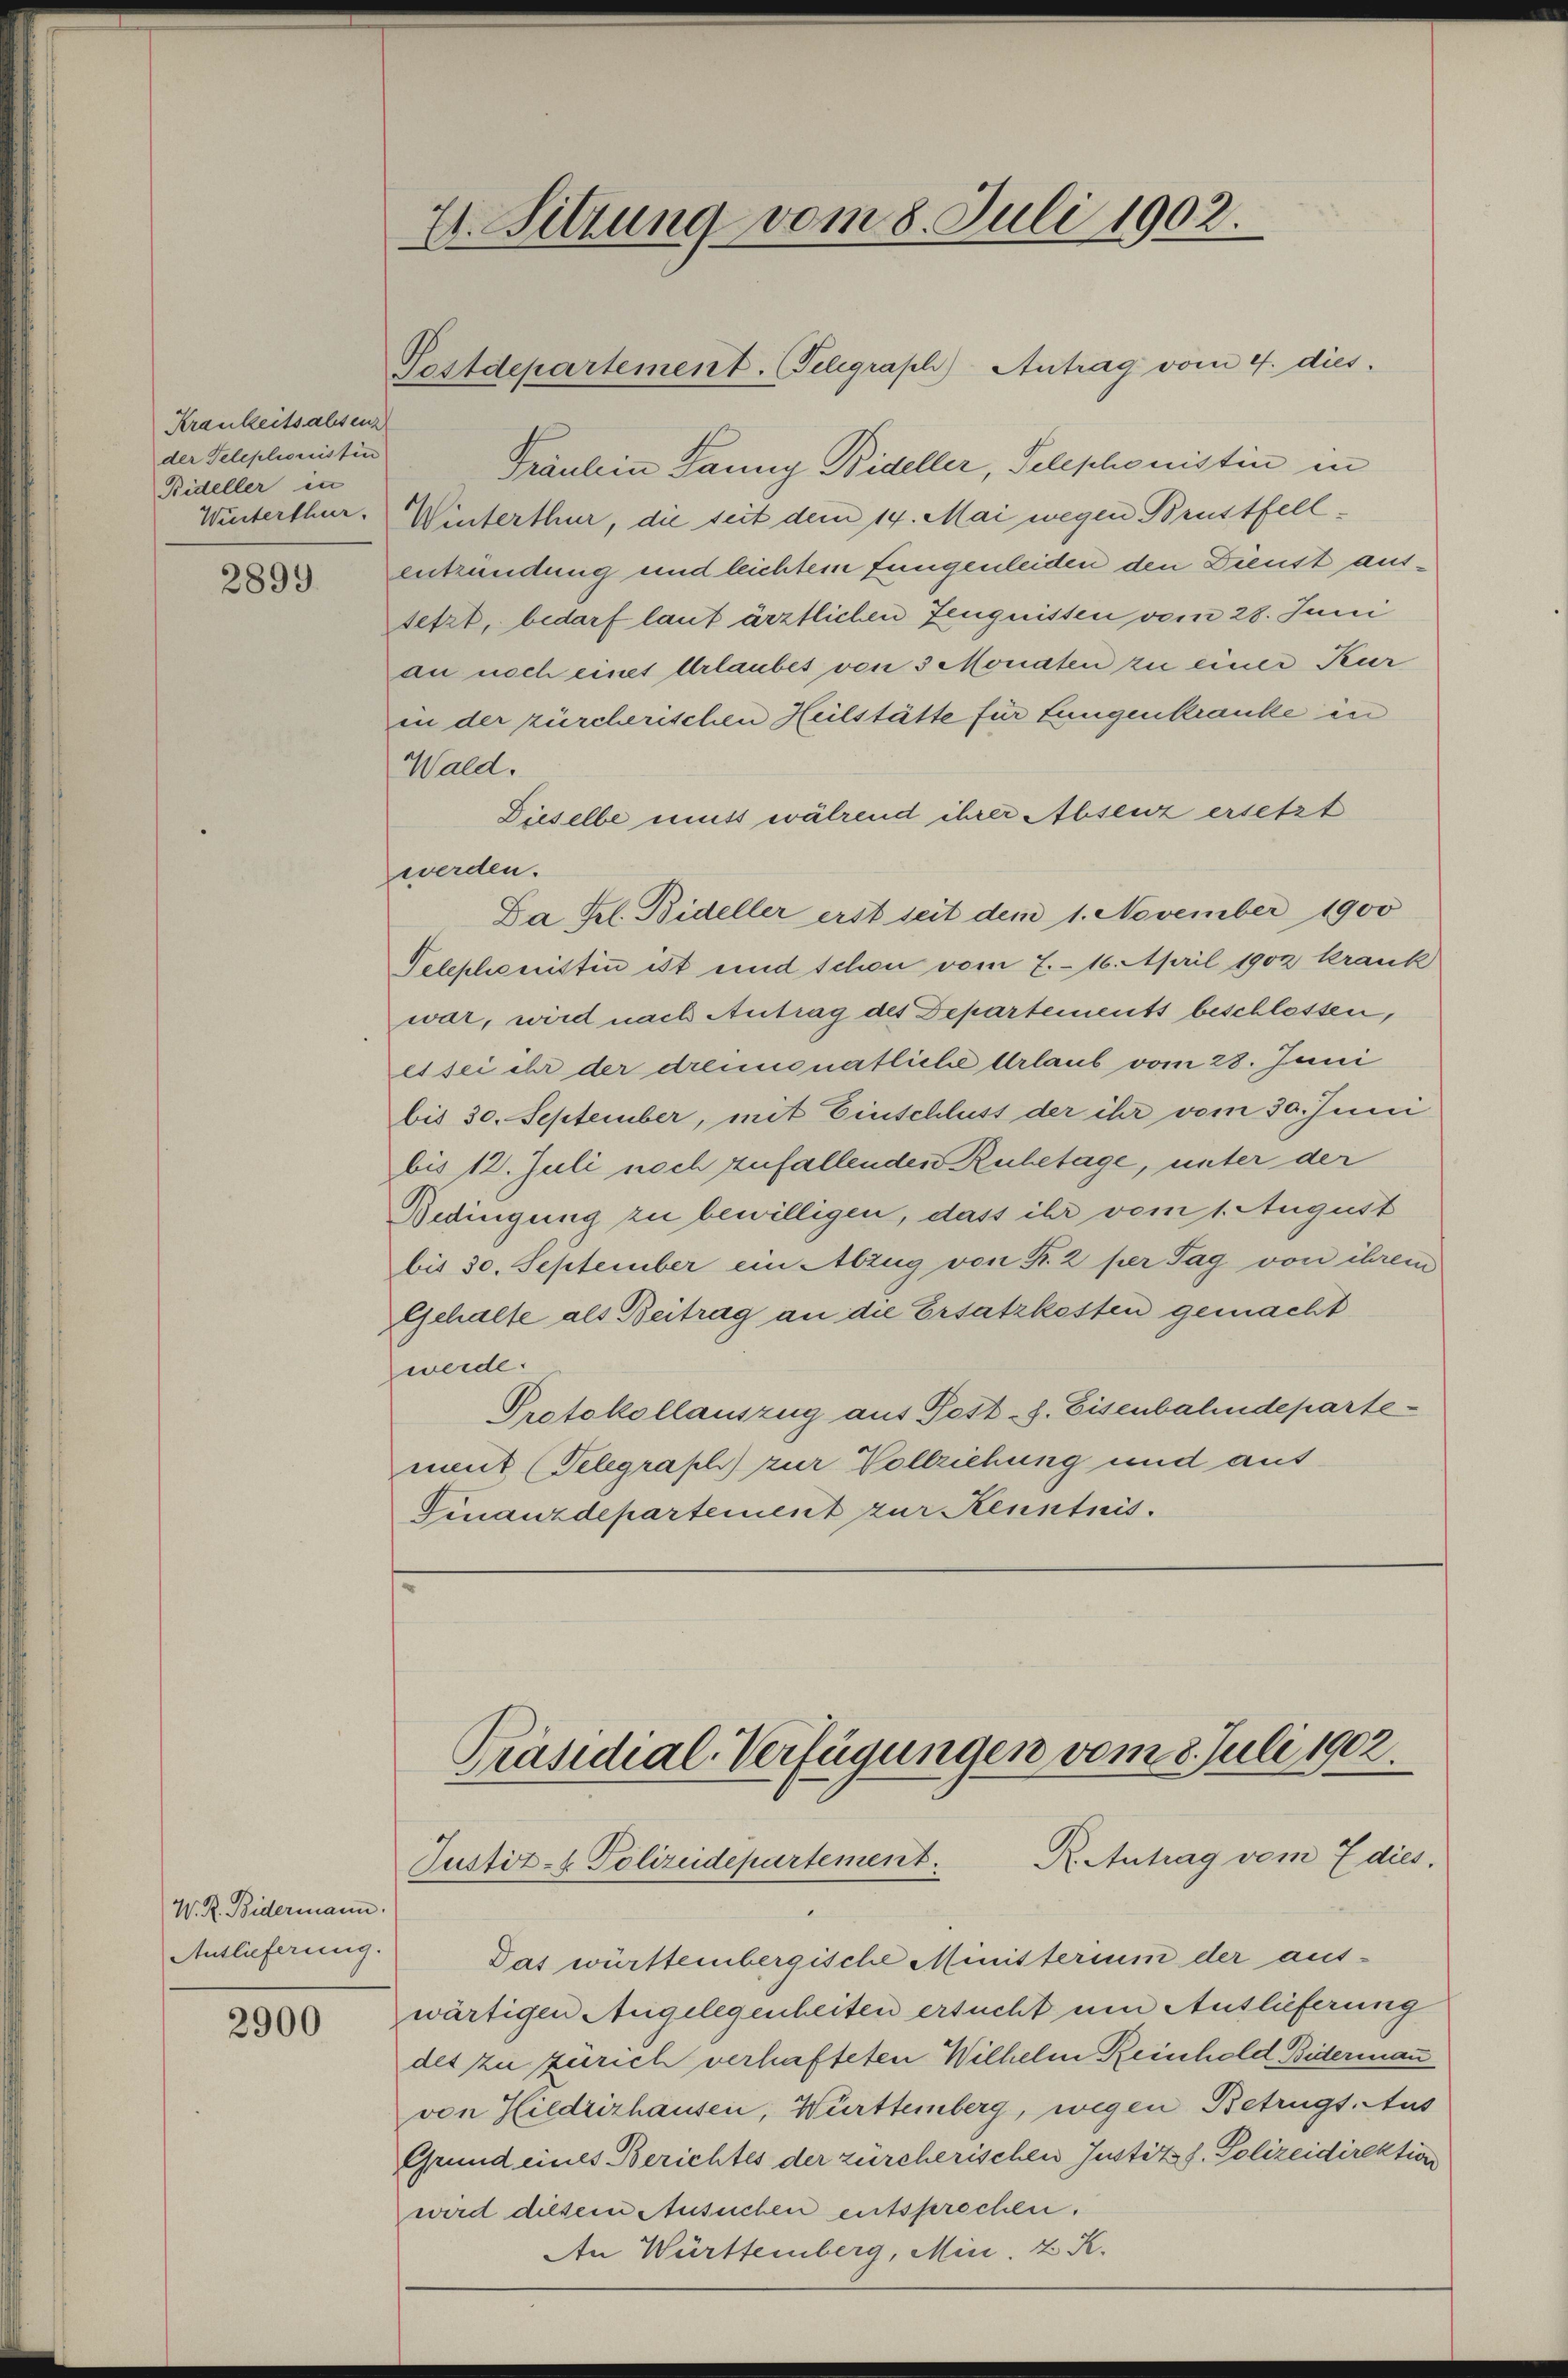
Krankeitsalten
der Teleplionistin
Bideller in
Winterthur.

2899

W. R. Bidermann.
Antlieferung.

2900

7. Sitzung vom 8. Juli 1902.

Postdepartement. Telegraph) Antrag vom 4. dies

Fräulein Janny Bideller, Telephonistin in
Winterthur, die seit dem 14. Mai wegen Brustfellentzündung und leichtem fungenleiden den Dienst aussetzt, bedarf laut ärztlichen Zeugnissen vom 28. Juni
an noch eines Urlaubes von 3 Monaten zu einer Kur
in der zürcherischen Heilstätte für Lungenkranke in
Wald.
Dieselbe muss während ihrer Absenz ersetzt
werden.
Da Fel. Bideller erst seit dem 1. November 1900
Telephonisten ist und schon vom 7. 16. April 1902 krank
war, wird nach Antrag des Departements beschlossen,
es sei ihr der dreimonatliche Urlaub vom 28. Juni
bis 30. September, mit Einschluss der ihr vom 30. Juni
bis 12. Juli noch zufallenden Ruhetage, unter der
Bedingung zu bewilligen, dass ihr vom 1. August
bis 30. September ein Abzug von Fr. 2 per Tag von ihrem
Gehalte als Beitrag an die Ersatzkosten gemacht
werde.
Protokollauszug aus Fest-8. Eisenbahndeparte-
ment (Telegraph zur Vollziehung und aus
Finanzdepartement zur Kenntnis.

Präsidial-Verfügungen vom 8. Juli 1902.
R. Antrag vom 7 dies.
Justiz- & Polizeidepartement.

Das württembergische Ministerium der aus-
wärtigen Angelegenheiten ersucht um Auslieferung
des zu Zürich verhafteten Wilhelm Reinhold Biderman
von Hildrizhausen, Württemberg, wegen Betrügt Aus
Grund eines Berichtes der zürcherischen Justitz z. Polizeidirektion
wird diesem Ansuchen entsprechen.
An Württemberg, Min. 2 K.